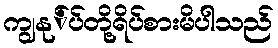
ကျွနု်ပ်တို့ရိပ်စားမိပါသည်